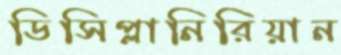
ডিসিপ্লানিরিয়ান